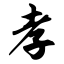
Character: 孝